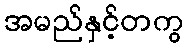
အမည်နှင့်တကွ